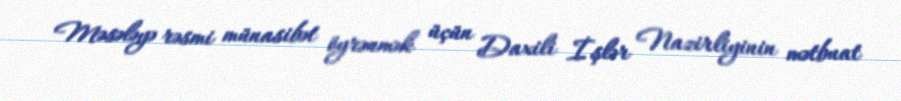
Məsələyə rəsmi münasibət öyrənmək üçün Daxili İşlər Nazirliyinin mətbuat